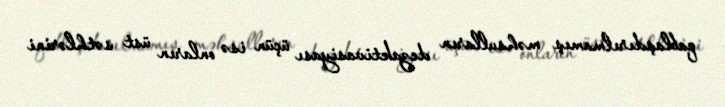
qablaşdırılmamış məhsulların dezaktivasiyası üçün isə onların üst səthlərini